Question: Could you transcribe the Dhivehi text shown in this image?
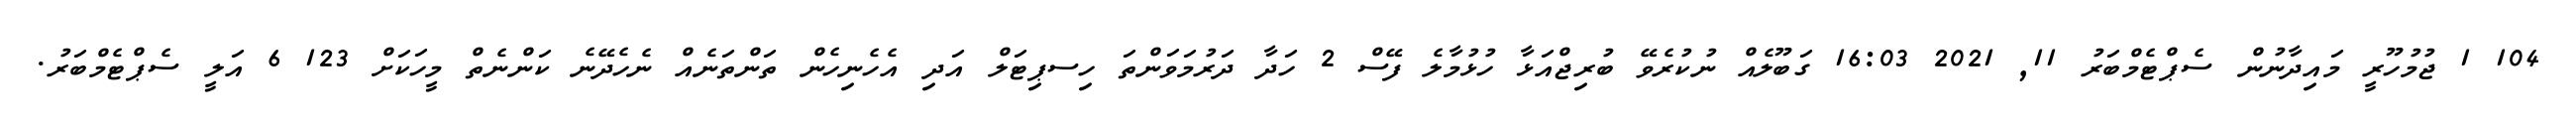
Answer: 104 1 ޖުމުހޫރީ މައިދާނުން ސެޕްޓެމްބަރު 11, 2021 16:03 ގަބޫލެއް ނުކުރެވޭ ބުރިޖްއަޅާ ހުޅުމާލެ ފޭސް 2 ހަދާ ދަރުމަވަންތަ ހިސޕިޓަލް އަދި އެހެނިހެން ތަންތަނެއް ނެހެދޭނެ ކަންނެތް މީހަކަށް 123 6 އަލީ ސެޕްޓެމްބަރު.